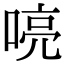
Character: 喨